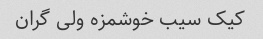
کیک سیب خوشمزه ولی گران